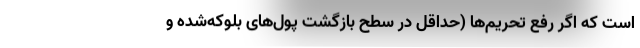
است که اگر رفع تحریم‌ها (حداقل در سطح بازگشت پول‌های بلوکه‌شده و